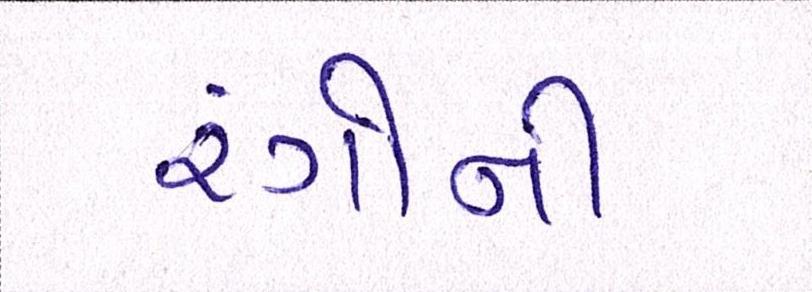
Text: રંગોની